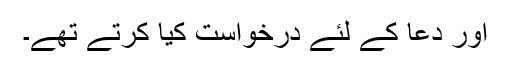
اور دعا کے لئے درخواست کیا کرتے تھے۔